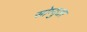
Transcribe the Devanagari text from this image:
सोम्युअर